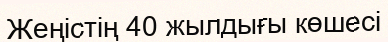
Жеңістің 40 жылдығы көшесі